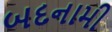
બદનામી